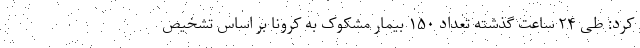
کرد: طی ۲۴ ساعت گذشته تعداد ۱۵۰ بیمار مشکوک به کرونا بر اساس تشخیص